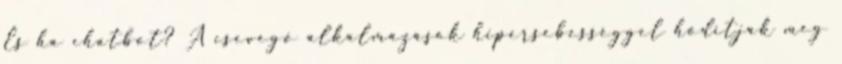
És ha chatbot? A csevegő alkalmazások hipersebességgel hódítják meg